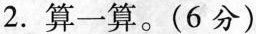
2.算一算。(6分)